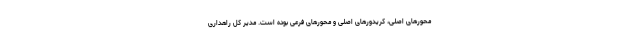
محورهای اصلی، کریدورهای اصلی و محورهای فرعی بوده است. مدیر کل راهداری